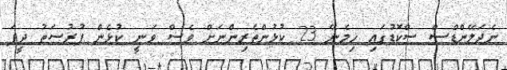
ނެދަލޭންޑްސް ސްކޮޑުގައި ހިމެނޭ 23 ކުޅުންތެރިންނަށް ވެސް ވަނީ ކުޅެން ފުރުސަތު ދީފަ